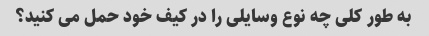
به طور کلی چه نوع وسایلی را در کیف خود حمل می کنید؟